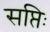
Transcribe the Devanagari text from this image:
सप्तिः